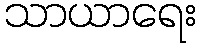
သာယာရေး